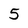
Character: 5